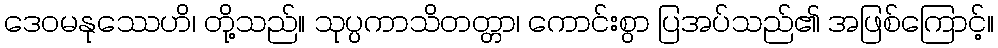
ဒေဝမနုဿေဟိ၊ တို့သည်။ သုပ္ပကာသိတတ္တာ၊ ကောင်းစွာ ပြအပ်သည်၏ အဖြစ်ကြောင့်။